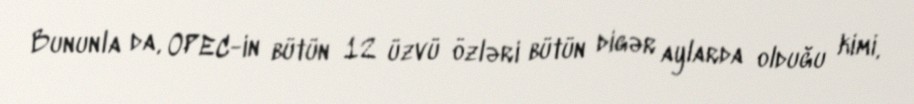
Bununla da, OPEC-in bütün 12 üzvü özləri bütün digər aylarda olduğu kimi,